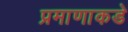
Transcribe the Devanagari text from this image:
प्रमाणाकडे